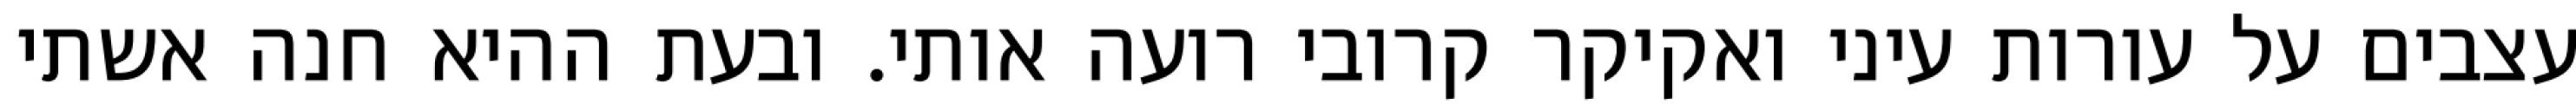
עצבים על עורות עיני ואקיקר קרובי רועה אותי. ובעת ההיא חנה אשתי